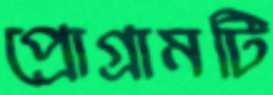
প্রোগ্রামটি